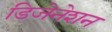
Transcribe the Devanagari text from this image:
डिजेनेशन